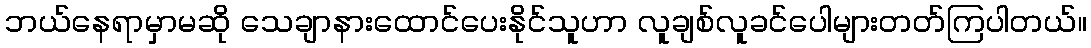
ဘယ်နေရာမှာမဆို သေချာနားထောင်ပေးနိုင်သူဟာ လူချစ်လူခင်ပေါများတတ်ကြပါတယ်။